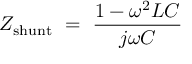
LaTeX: Z _ { \mathrm { s h u n t } } ~ = ~ { \frac { 1 - \omega ^ { 2 } L C } { j \omega C } } ~ ~ ~ ~ ~ ~ ~ ~ ~ ~ ~ ~ ~ ~ ~ ~ ~ ~ ~ ~ ~ ~ ~ ~ ~ ~ ~ ~